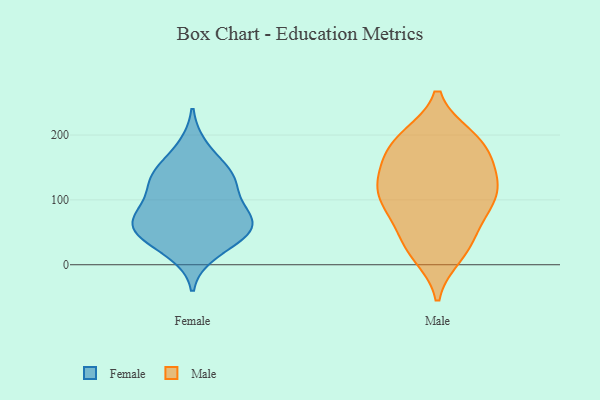
{"axis": {"x": "Budget (USD K)", "y": "Value"}, "legend": ["Female", "Male"], "data": [{"x": "", "y": 61, "type": "Female"}, {"x": "", "y": 19, "type": "Female"}, {"x": "", "y": 38, "type": "Female"}, {"x": "", "y": 181, "type": "Female"}, {"x": "", "y": 142, "type": "Female"}, {"x": "", "y": 77, "type": "Female"}, {"x": "", "y": 137, "type": "Female"}, {"x": "", "y": 79, "type": "Female"}, {"x": "", "y": 62, "type": "Female"}, {"x": "", "y": 128, "type": "Female"}, {"x": "", "y": 133, "type": "Female"}, {"x": "", "y": 97, "type": "Female"}, {"x": "", "y": 50, "type": "Female"}, {"x": "", "y": 53, "type": "Female"}, {"x": "", "y": 113, "type": "Male"}, {"x": "", "y": 114, "type": "Male"}, {"x": "", "y": 75, "type": "Male"}, {"x": "", "y": 24, "type": "Male"}, {"x": "", "y": 15, "type": "Male"}, {"x": "", "y": 192, "type": "Male"}, {"x": "", "y": 101, "type": "Male"}, {"x": "", "y": 141, "type": "Male"}, {"x": "", "y": 150, "type": "Male"}, {"x": "", "y": 79, "type": "Male"}, {"x": "", "y": 197, "type": "Male"}, {"x": "", "y": 189, "type": "Male"}, {"x": "", "y": 170, "type": "Male"}, {"x": "", "y": 116, "type": "Male"}, {"x": "", "y": 102, "type": "Male"}, {"x": "", "y": 194, "type": "Male"}, {"x": "", "y": 50, "type": "Male"}, {"x": "", "y": 147, "type": "Male"}, {"x": "", "y": 27, "type": "Male"}]}